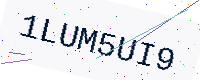
Text: 1LUM5UI9